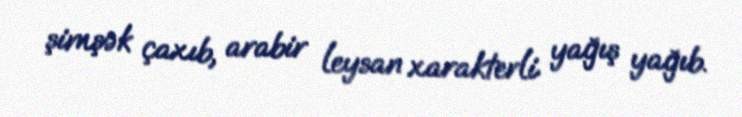
şimşək çaxıb, arabir leysan xarakterli yağış yağıb.